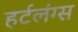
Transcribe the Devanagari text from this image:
हर्टलंग्स